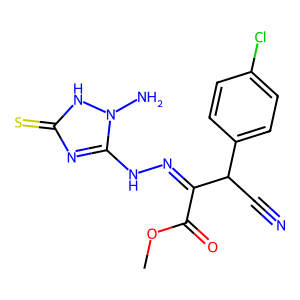
SMILES: COC(=O)C(=NNc1nc(=S)[nH]n1N)C(C#N)c1ccc(Cl)cc1
Inhibits HIV replication: No